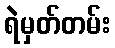
ရဲမှတ်တမ်း